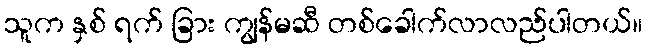
သူက နှစ် ရက် ခြား ကျွန်မဆီ တစ်ခေါက်လာလည်ပါတယ်။